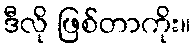
ဒီလို ဖြစ်တာကိုး။